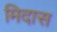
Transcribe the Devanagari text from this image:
मिदास